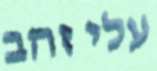
עלי זהב